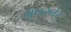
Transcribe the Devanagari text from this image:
मुन्छ्नेर्